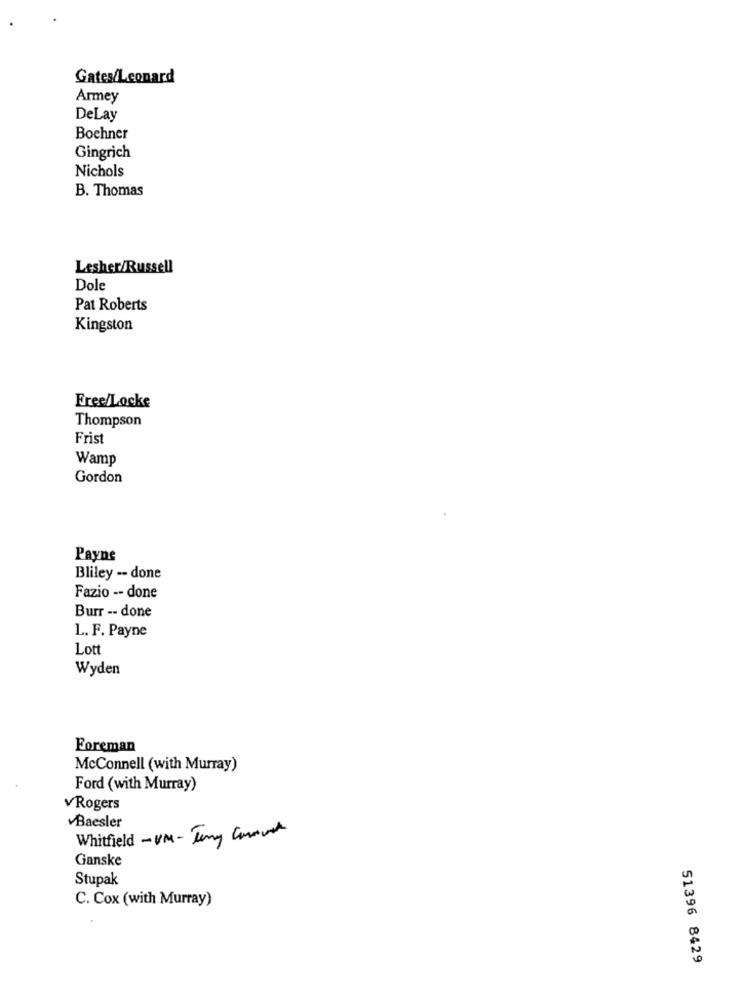
Gates/Leonard
Armey
DeLay
Bochner
Gingrich
Nichols
B. Thomas
Lesher/Russell
Dole
Pat Roberts
Kingston
Free/Locke
Thompson
Frist
Wamp
Gordon
Payne
Bliley -- done
Fazio -- done
Burr -- done
L. F. Payne
Lott
Wyden
Foreman
McConnell (with Murray)
Ford (with Murray)
vRogers
Baesler
Whitfield - UM - Tony Commune
Ganske
Stupak
C. Cox (with Murray)
51396 8429